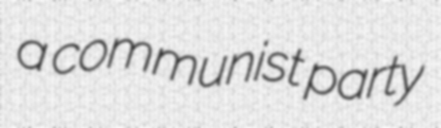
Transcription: a communist party